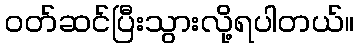
ဝတ်ဆင်ပြီးသွားလို့ရပါတယ်။